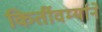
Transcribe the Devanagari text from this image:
किर्तीवर्म्याने